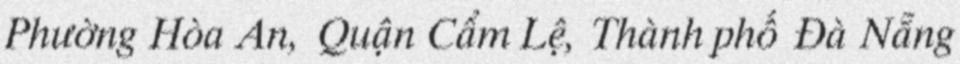
Phường Hòa An, Quận Cẩm Lệ, Thành phố Đà Nẵng